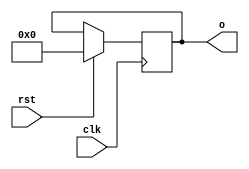
//Time       :    2022/05/22 23:23:17
//Version    :    V1.0
//Abstract   :        


`timescale 1ns/1ps

module test(clk,rst,o);

//Define parameters:


//Define pins:
input clk;
input rst;
output wire [7:0] o;

//Define signals:
reg [7:0] mem [15:0];

assign o = mem[5];

//Edit code:
always@(posedge clk or negedge rst) begin
if(!rst) begin
mem[2] <= 'd0;
end
else begin

mem[5] <= 'd0;


end //the end of biggest if
end //the end of always



endmodule